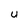
Character: U